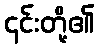
၄င်းတို့၏